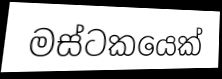
මස්ටකයෙක්